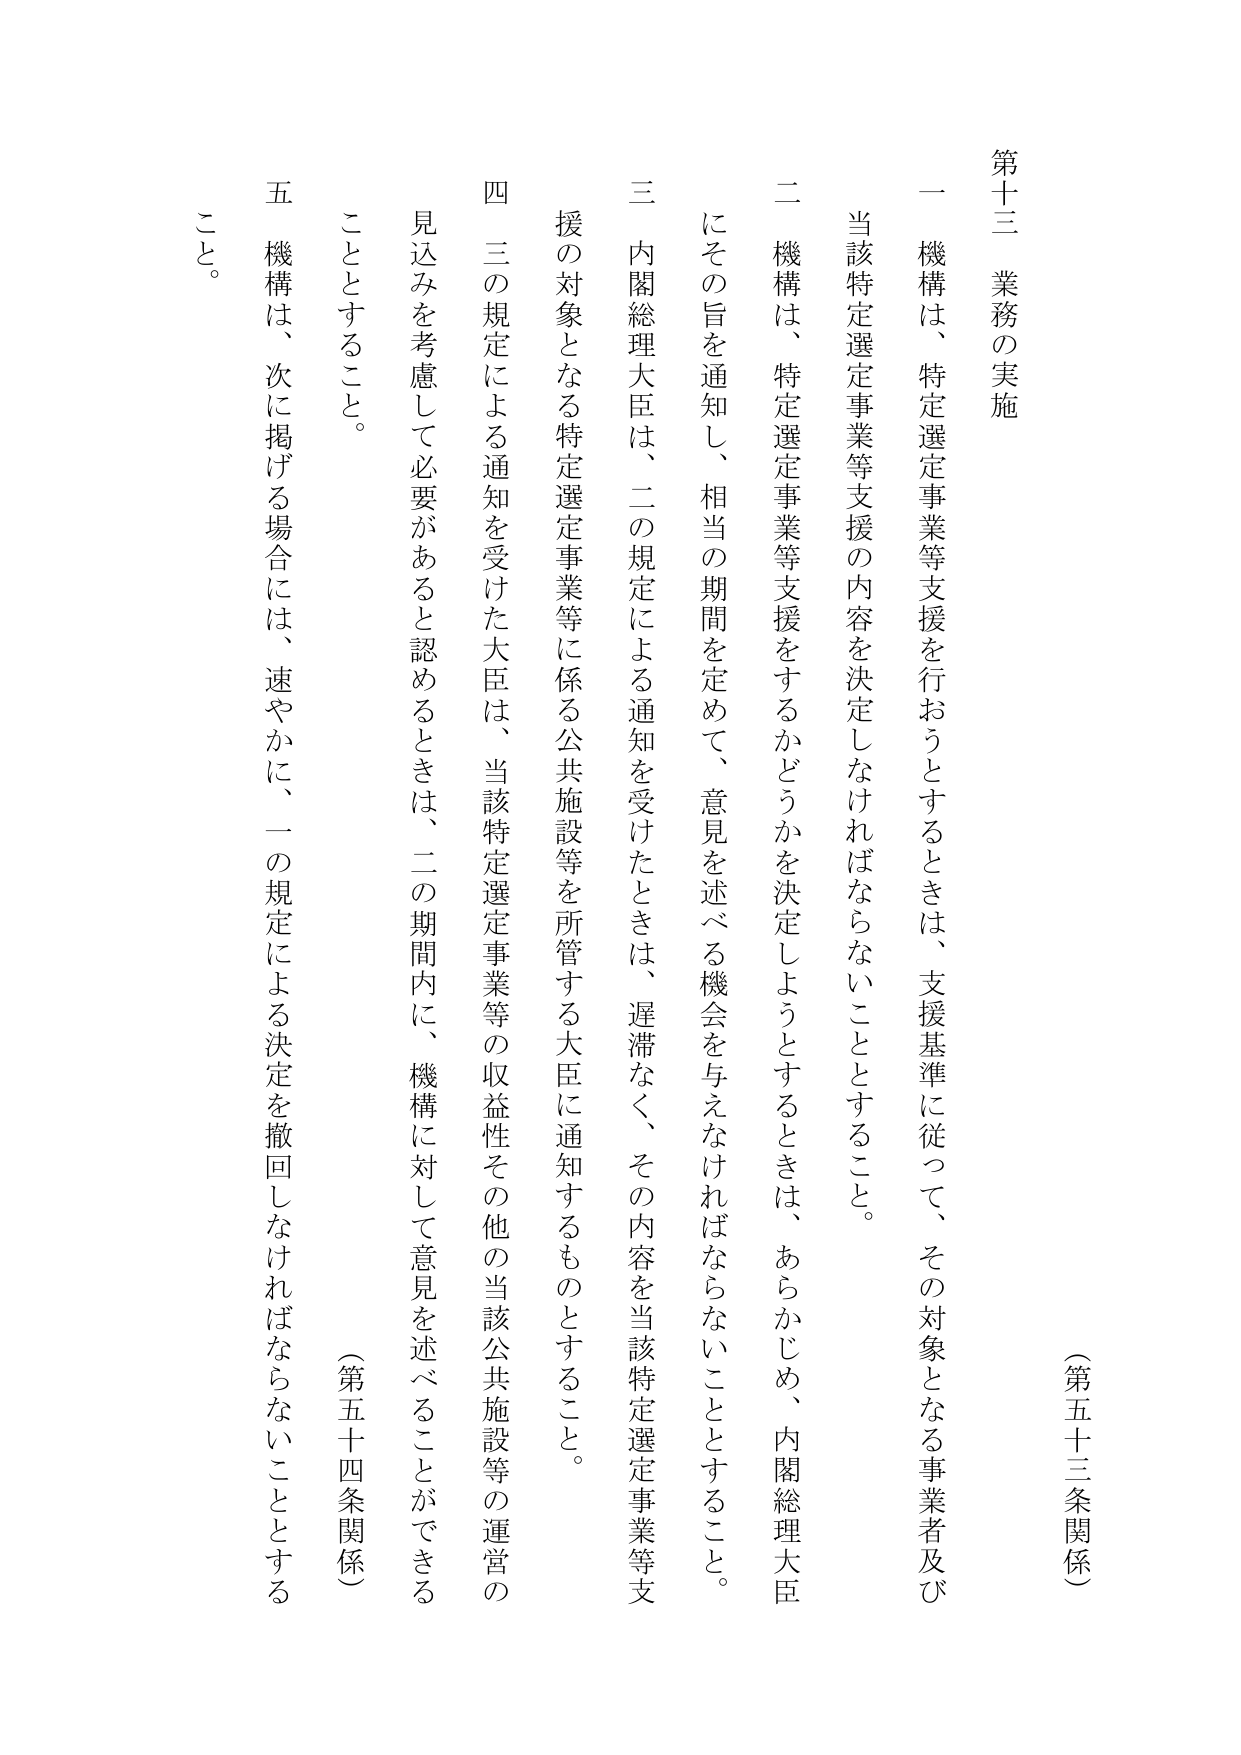
第十三 業務の実施

（第五十三条関係）

一 機構は、特定選定事業等支援を行おうとするときは、支援基準に従って、その対象となる事業者及び当該特定選定事業等支援の内容を決定しなければならないこととする。

二 機構は、特定選定事業等支援をするかどうかを決定しようとするときは、あらかじめ、内閣総理大臣にその旨を通知し、相当の期間を定めて、意見を述べる機会を与えなければならないこととする。

三 内閣総理大臣は、二の規定による通知を受けたときは、遅滞なく、その内容を当該特定選定事業等支援の対象となる特定選定事業等に係る公共施設等を所管する大臣に通知するものとする。

四 三の規定による通知を受けた大臣は、当該特定選定事業等の収益性その他の当該公共施設等の運営の見込みを考慮して必要があると認めるときは、二の期間内に、機構に対して意見を述べることができることとする。

五 機構は、次に掲げる場合には、速やかに、一の規定による決定を撤回しなければならないこととする。

（第五十四条関係）

こと。